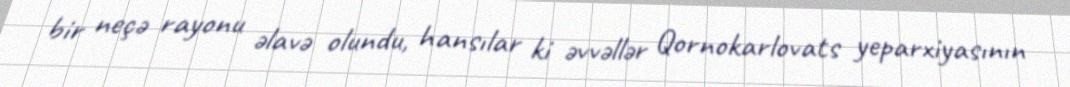
bir neçə rayonu əlavə olundu, hansılar ki əvvəllər Qornokarlovats yeparxiyasının